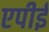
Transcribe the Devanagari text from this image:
एपीई